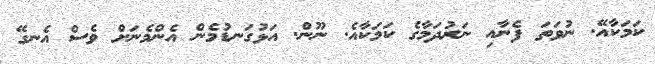
ކަމަކާއޭ. ނުވަތަ ފެނާއި ނަރުދަމާގެ ކަމަކާއެ. ނޫން. އަޅުގަނޑުމެން އެންމެނަށް ވެސް އެނގޭ